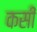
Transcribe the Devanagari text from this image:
कसीं